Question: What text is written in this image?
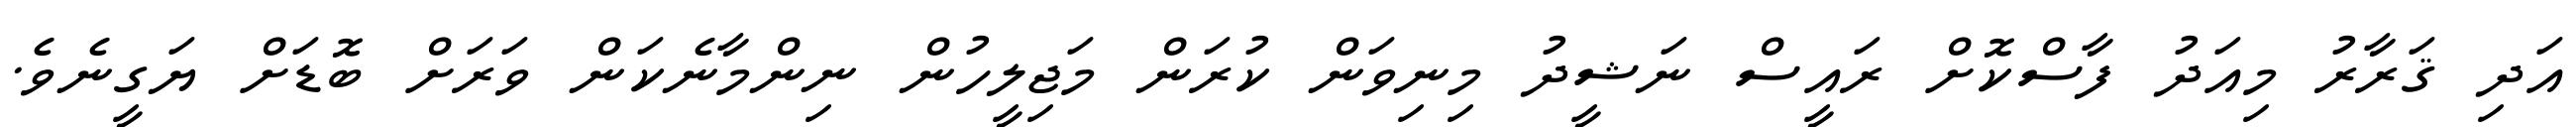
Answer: އަދި ޤަރާރު މިއަދު ފާސްކޮށް ރައީސް ނަޝީދު މިނިވަން ކުރަން މަޖިލީހުން ނިންމާނެކަން ވަރަށް ބޮޑަށް ޔަގީނެވެ.